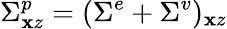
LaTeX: \Sigma_{\mathbf{x}z}^{p}=(\Sigma^{e}+\Sigma^{v})_{\mathbf{x}z}